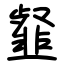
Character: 韰